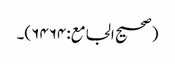
(صحیح الجامع:۶۴۶۴)۔